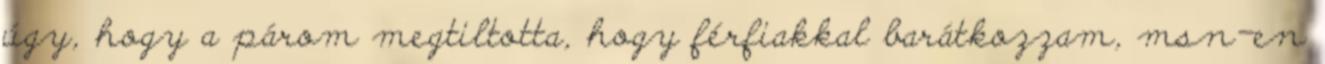
úgy, hogy a párom megtiltotta, hogy férfiakkal barátkozzam, msn-en